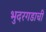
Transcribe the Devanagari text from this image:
भुदरगडाची